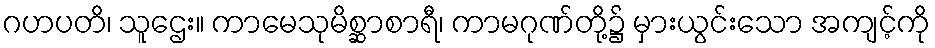
ဂဟပတိ၊ သူဌေး။ ကာမေသုမိစ္ဆာစာရီ၊ ကာမဂုဏ်တို့၌ မှားယွင်းသော အကျင့်ကို